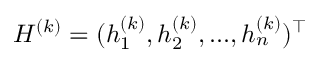
H ^ { ( k ) } = ( h _ { 1 } ^ { ( k ) } , h _ { 2 } ^ { ( k ) } , . . . , h _ { n } ^ { ( k ) } ) ^ { \top }